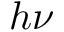
h \nu